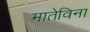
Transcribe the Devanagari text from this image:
मातेविना